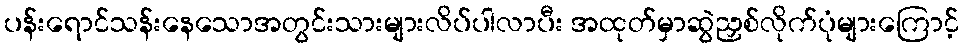
ပန်းရောင်သန်းနေသောအတွင်းသားများလိပ်ပါလာပီး အထုတ်မှာဆွဲညှစ်လိုက်ပုံများကြောင့်